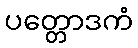
ပတ္တောဒကံ